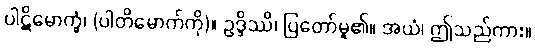
ပါဋိမောက္ခံ၊ (ပါတိမောက်ကို)။ ဥဒ္ဒိဿိ၊ ပြတော်မူ၏။ အယံ၊ ဤသည်ကား။